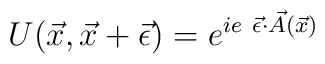
U(\vec{x},\vec{x}+\vec{\epsilon})=e^{ie ~\vec{\epsilon}\cdot \vec{A}(\vec{x})}